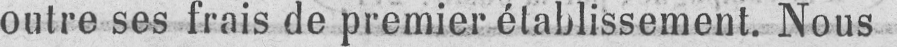
outre ses frais de premier établissement. Nous